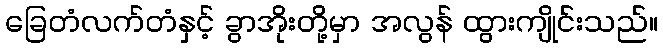
ခြေတံလက်တံနှင့် ခွာအိုးတို့မှာ အလွန် ထွားကျိုင်းသည်။